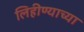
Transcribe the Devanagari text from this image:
लिहीण्याच्या